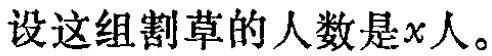
设这组割草的人数是\(x\)人。